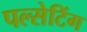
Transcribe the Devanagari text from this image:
पल्सेटिंग